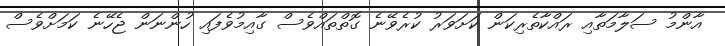
އާންމު ސަލާމަތާއި ރައްކާތެރިކަން ކަށަވަރު ކުރެވޭނެ ގޮތްތައްވެސް ގާއިމުވެފައި ހުންނަން ޖެހޭނެ ކަމަށްވެސް